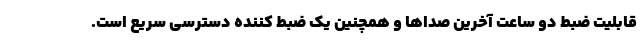
قابلیت ضبط دو ساعت آخرین صداها و همچنین یک ضبط کننده دسترسی سریع است.